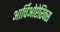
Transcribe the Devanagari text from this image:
आर्चिओप्टेरिक्स